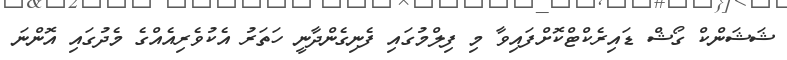
ޝަޝަންކް ގޯޝް ޑައިރެކްޓްކޮށްފައިވާ މި ފިލްމުގައި ފެނިގެންދާނީ ހަތަރު އެކުވެރިއެއްގެ މެދުގައި އޮންނަ